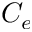
C _ { e }